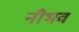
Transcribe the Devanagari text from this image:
नौभव